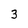
Character: 3